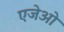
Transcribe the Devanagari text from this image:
एजेओ